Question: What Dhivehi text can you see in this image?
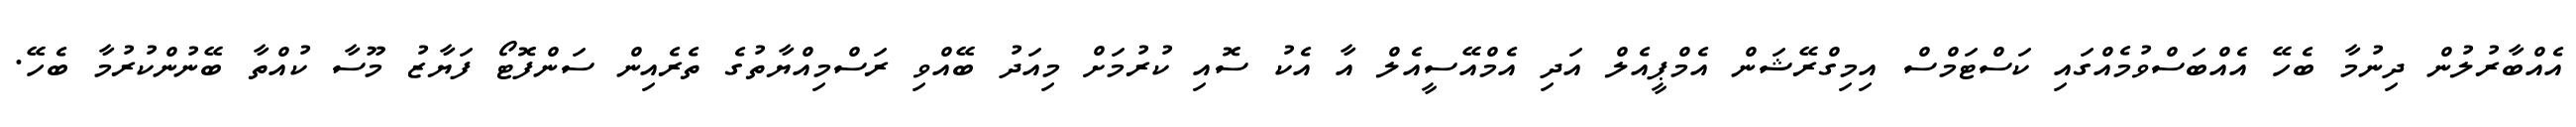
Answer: އެއްބާރުލުން ދިނުމާ ބެހޭ އެއްބަސްވުމެއްގައި ކަސްޓަމްސް އިމިގްރޭޝަން އެމްޕީއެލް އަދި އެމްއޭސީއެލް އާ އެކު ސޮއި ކުރުމަށް މިއަދު ބޭއްވި ރަސްމިއްޔާތުގެ ތެރެއިން ސަންފޮޓޯ ފަޔާޒު މޫސާ ކުއްތާ ބޭނުންކުރުމާ ބެހޭ.